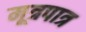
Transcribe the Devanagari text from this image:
मूत्रपात्र